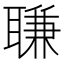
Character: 𦖾